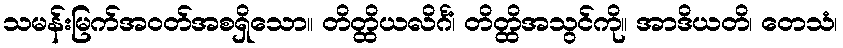
သမန်းမြက်အဝတ်အစရှိသော။ တိတ္ထိယလိင်္ဂံ၊ တိတ္ထိအသွင်ကို။ အာဒိယတိ၊ တေသံ၊